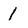
Character: l